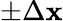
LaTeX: \pm\Delta\mathbf{x}